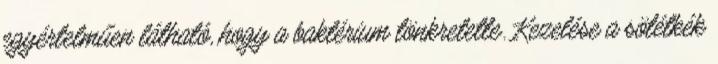
egyértelműen látható, hogy a baktérium tönkretette. Kezelése a sötétkék